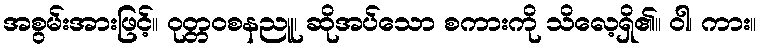
အစွမ်းအားဖြင့်။ ဝုတ္တဝစနညူ၊ ဆိုအပ်သော စကားကို သိလေ့ရှိ၏။ ဝါ၊ ကား။